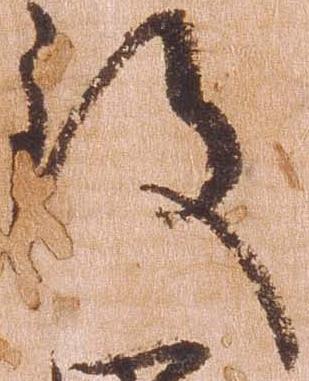
致